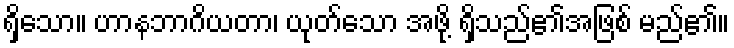
ရှိသော။ ဟာနဘာဂိယတာ၊ ယုတ်သော အဖို့ ရှိသည်၏အဖြစ် မည်၏။